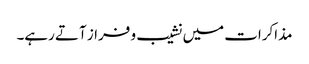
مذاکرات میں نشیب و فراز آتے رہے۔